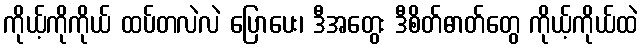
ကိုယ့်ကိုကိုယ် ထပ်တလဲလဲ ပြောပေး၊ ဒီအတွေး ဒီစိတ်ဓာတ်တွေ ကိုယ့်ကိုယ်ထဲ